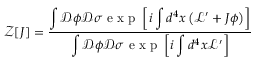
\mathcal { Z } [ J ] = \frac { \displaystyle \int \mathcal { D } \phi \mathcal { D } \sigma \mathrm { ~ e ~ x ~ p ~ } \left[ i \displaystyle \int d ^ { 4 } x \left( \mathcal { L } ^ { \prime } + J \phi \right) \right] } { \displaystyle \int \mathcal { D } \phi \mathcal { D } \sigma \mathrm { ~ e ~ x ~ p ~ } \left[ i \displaystyle \int d ^ { 4 } x \mathcal { L } ^ { \prime } \right] }